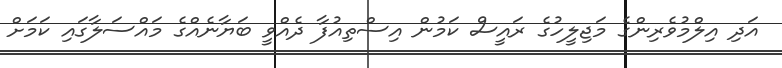
އަދި އިލްމުވެރިންގެ މަޖިލީހުގެ ރައީސް ކަމުން އިސްތިއުފާ ދެއްވީ ބަޔާނެއްގެ މައްސަލާގައި ކަމަށް